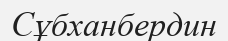
Сұбханбердин